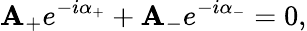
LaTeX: \mathbf{A}_{+}e^{-i\alpha_{+}}+\mathbf{A}_{-}e^{-i\alpha_{-}}=0,